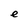
Character: e